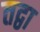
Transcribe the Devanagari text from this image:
तद्वा